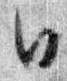
日